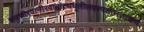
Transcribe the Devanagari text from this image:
भवत्तीरवानीरवातोत्थधूलीलवस्पर्शतस्तत्क्षणं